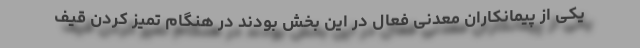
یکی از پیمانکاران معدنی فعال در این بخش بودند در هنگام تمیز کردن قیف